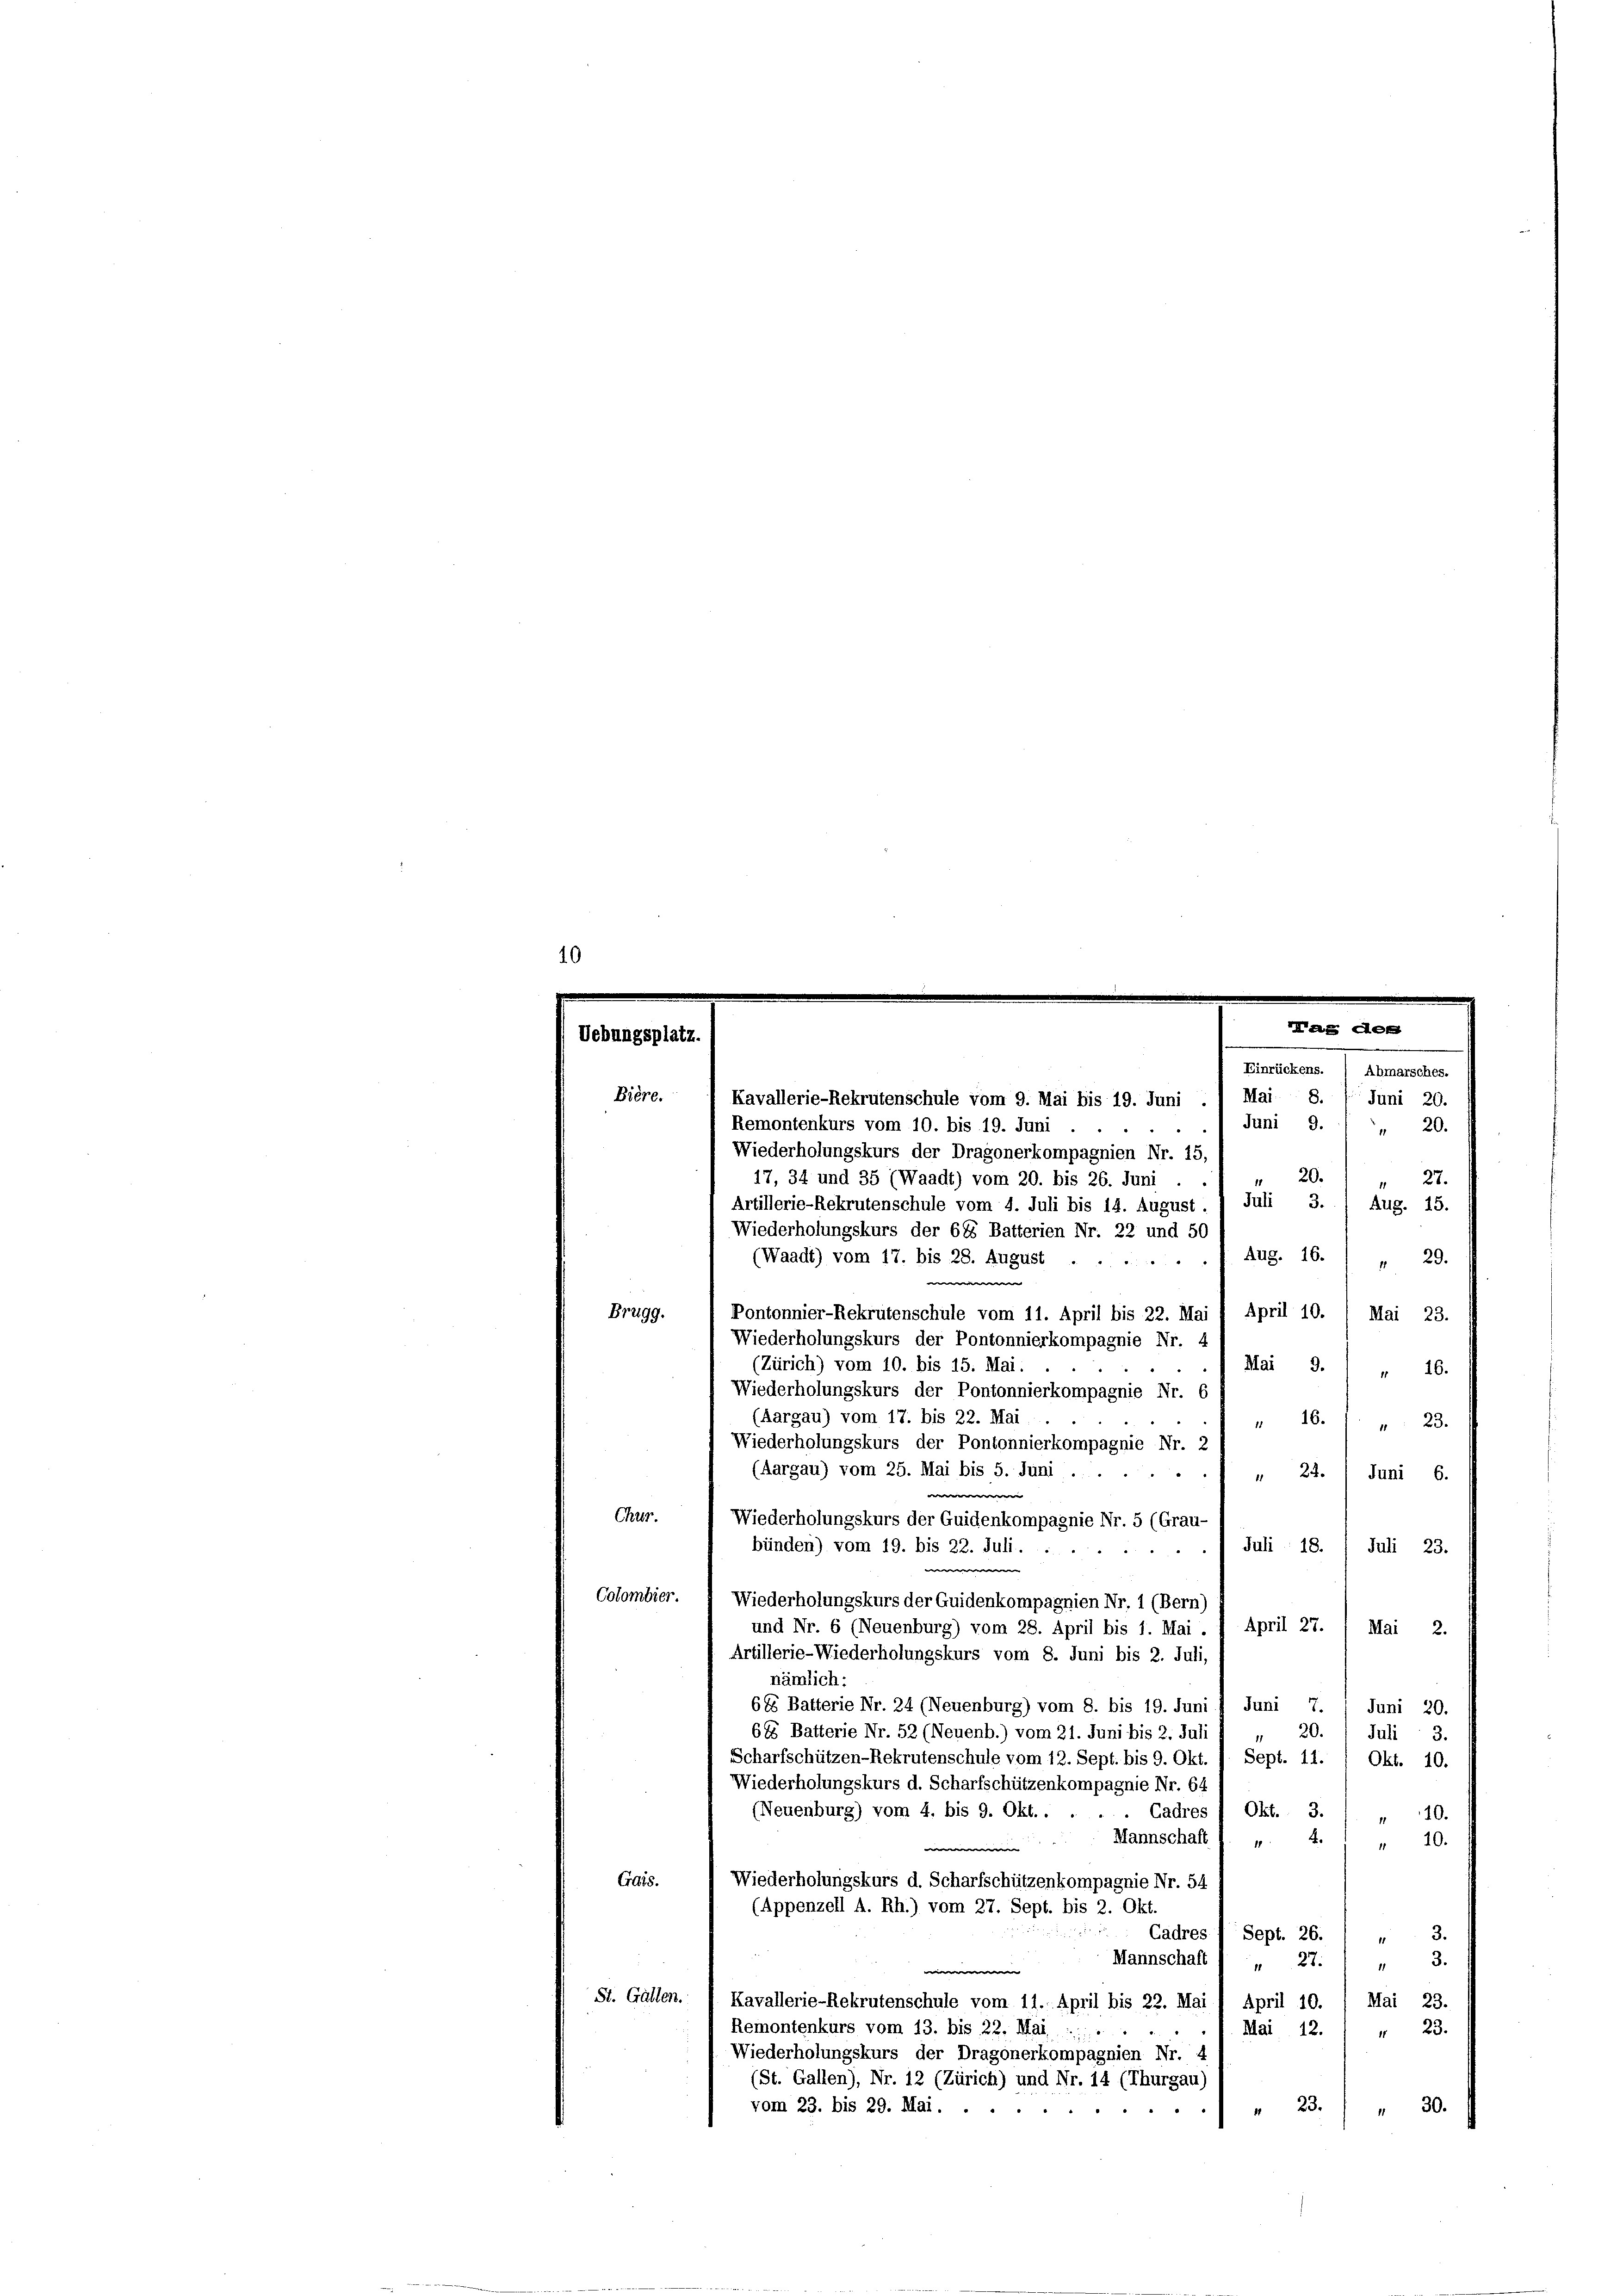
Kavallerie-Rekrutenschule vom 9. Mai bis 19. Juni . 1 Mai 8. / Juni 20.
Remontenkurs vom 10. bis 19. Juni
Juni 9. 1 20.
Wiederholungskurs der Dragonerkompagnien Nr. 15,
20.
17, 34 und 35 (Waadt) vom 20. bis 26. Juni
27.
Artillerie-Rekrutenschule vom 4. Juli bis 14. August. 1 Juli 3.
Aug. 15.
Wiederholungskurs der 685 Batterien Nr. 22 und 50
Aug. 16.) " 29.
April 10. Mai 23.
(Zürich) vom 10. bis 15. Mai.
Mai 9.) " 16.
Wiederholungskurs der Pontonnierkompagnie Nr. 6
(Aargau) vom 17. bis 22. Mai
" 16. 1. " 23.
Wiederholungskurs der Pontonnierkompagnie Nr. 2
(Aargau) vom 25. Mai bis 5. Juni .
" 22. 1 Juni 6.
Wiederholungskurs der Guidenkompagnie Nr. 5 (Grau-
Juli 18
Juli 23.
bünden) vom 19. bis 22. Juli . .
Wiederholungskurs der Guidenkompagnien Nr. 1 (Bern)
und Nr. 6 (Neuenburg) vom 28. April bis 1. Mai . 7 April 27.
Mai 2.
Artillerie-Wiederholungskurs vom 8. Juni bis 2. Juli,
nämlich:
64 Batterie Nr. 24 (Neuenburg) vom 8. bis 19. Juni
Juni 7. Juni 20.
685 Batterie Nr. 52 (Neuenb.) vom 21. Juni bis 2. Juli
 20. Juli 3.
Scharfschützen-Rekrutenschule vom 13. Sept. bis 9. Okt. 1. Sept. 11.
Okt. 10.
Wiederholungskurs d. Scharfschützenkompagnie Nr. 64
Cadres 1 Okt. 3.
(Neuenburg) vom 4. bis 9. Okt......
10.
11
Mannschaft l. v. 4.
 2
10.
Wiederholungskurs d. Scharfschützenkompagnie Nr. 54
Gais.
(Appenzell A. Rh.) vom 27. Sept. bis 2. Okt.
Cadres 1 Sept. 26.
3.
11
3.
Mannschaft ( „ 27.
11
Mai 23.
St. Gallen.  Kavallerie-Rekrutenschule vom 11. April bis 22. Mai 1 April 10.
Remontenkurs vom 13. bis 22. Mai
Mai 12.
" 23.
Wiederholungskurs der Dragonerkompagnien Nr. 4
(St. Gallen), Nr. 12 (Zürich) und Nr. 14 (Thurgau)
vom 23. bis 29. Mai ....
 23.
" 30.

Uebungsplatz.
Bière.
Brugg.
Chur.
Colombier.

(Waadt) vom 17. bis 28. August .....

Pontonnier-Rekrutenschule vom 11. April bis 22. Mai
Wiederholungskurs der Pontonnierkompagnie Nr. 4

Mag der
Einrückens. / Abmarsches.